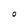
Character: 0